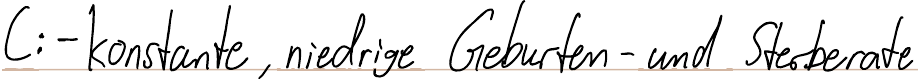
C: - konstante, niedrige Geburten- und Sterberate